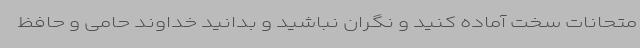
متحانات سخت آماده کنید و نگران نباشید و بدانید خداوند حامی و حافظ